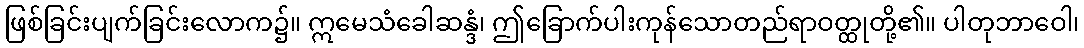
ဖြစ်ခြင်းပျက်ခြင်းလောက၌။ ဣမေသံခေါဆန္ဒံ၊ ဤခြောက်ပါးကုန်သောတည်ရာဝတ္ထုတို့၏။ ပါတုဘာဝေါ၊